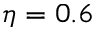
\eta = 0 . 6